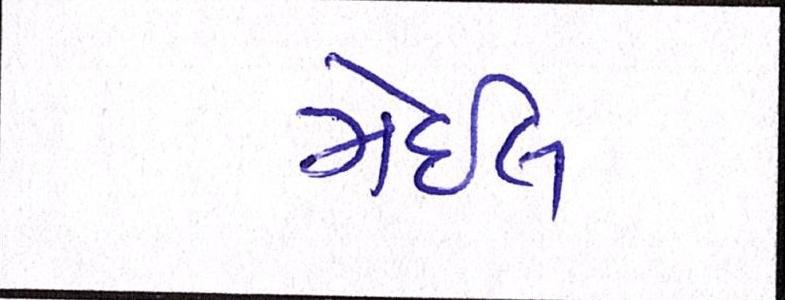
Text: મેઈલ